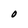
Character: O